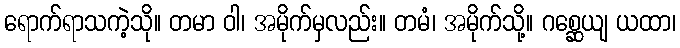
ရောက်ရာသကဲ့သို။ တမာ ဝါ၊ အမိုက်မှလည်း။ တမံ၊ အမိုက်သို့။ ဂစ္ဆေယျ ယထာ၊